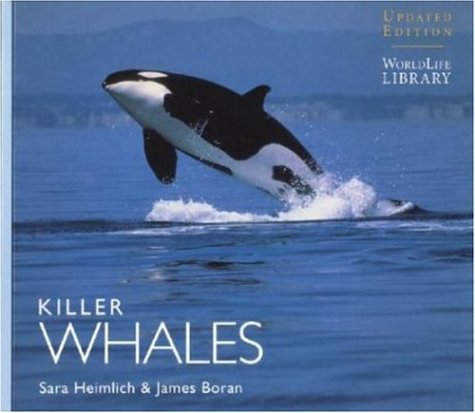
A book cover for Killer Whales (Worldlife Library); Sara Heimlich; Sports & Outdoors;